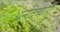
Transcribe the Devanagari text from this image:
अनतिव्यापी